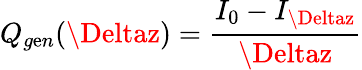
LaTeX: Q_{g\mathrm{e}n}(\Deltaz)=\frac{{I_{0}-I_{\Deltaz}}}{{\Deltaz}}